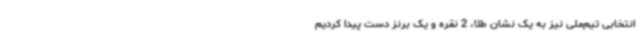
انتخابی تیم‌ملی نیز به یک نشان طلا، 2 نقره و یک برنز دست پیدا کردیم